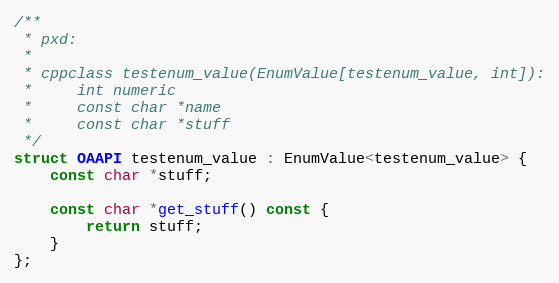
Language: C
/**
 * pxd:
 *
 * cppclass testenum_value(EnumValue[testenum_value, int]):
 *     int numeric
 *     const char *name
 *     const char *stuff
 */
struct OAAPI testenum_value : EnumValue<testenum_value> {
	const char *stuff;

	const char *get_stuff() const {
		return stuff;
	}
};